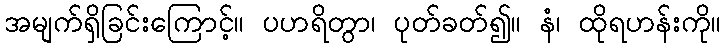
အမျက်ရှိခြင်းကြောင့်။ ပဟရိတွာ၊ ပုတ်ခတ်၍။ နံ၊ ထိုရဟန်းကို။